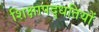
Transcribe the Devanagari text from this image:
शिक्षापद्धतियों